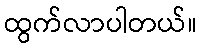
ထွက်လာပါတယ်။